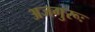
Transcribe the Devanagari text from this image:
अजगुरूः